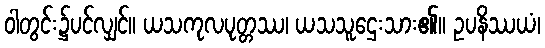
ဝါတွင်း၌ပင်လျှင်။ ယသကုလပုတ္တဿ၊ ယသသူဌေးသား၏။ ဥပနိဿယံ၊